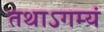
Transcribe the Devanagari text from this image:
तथाऽगम्यं